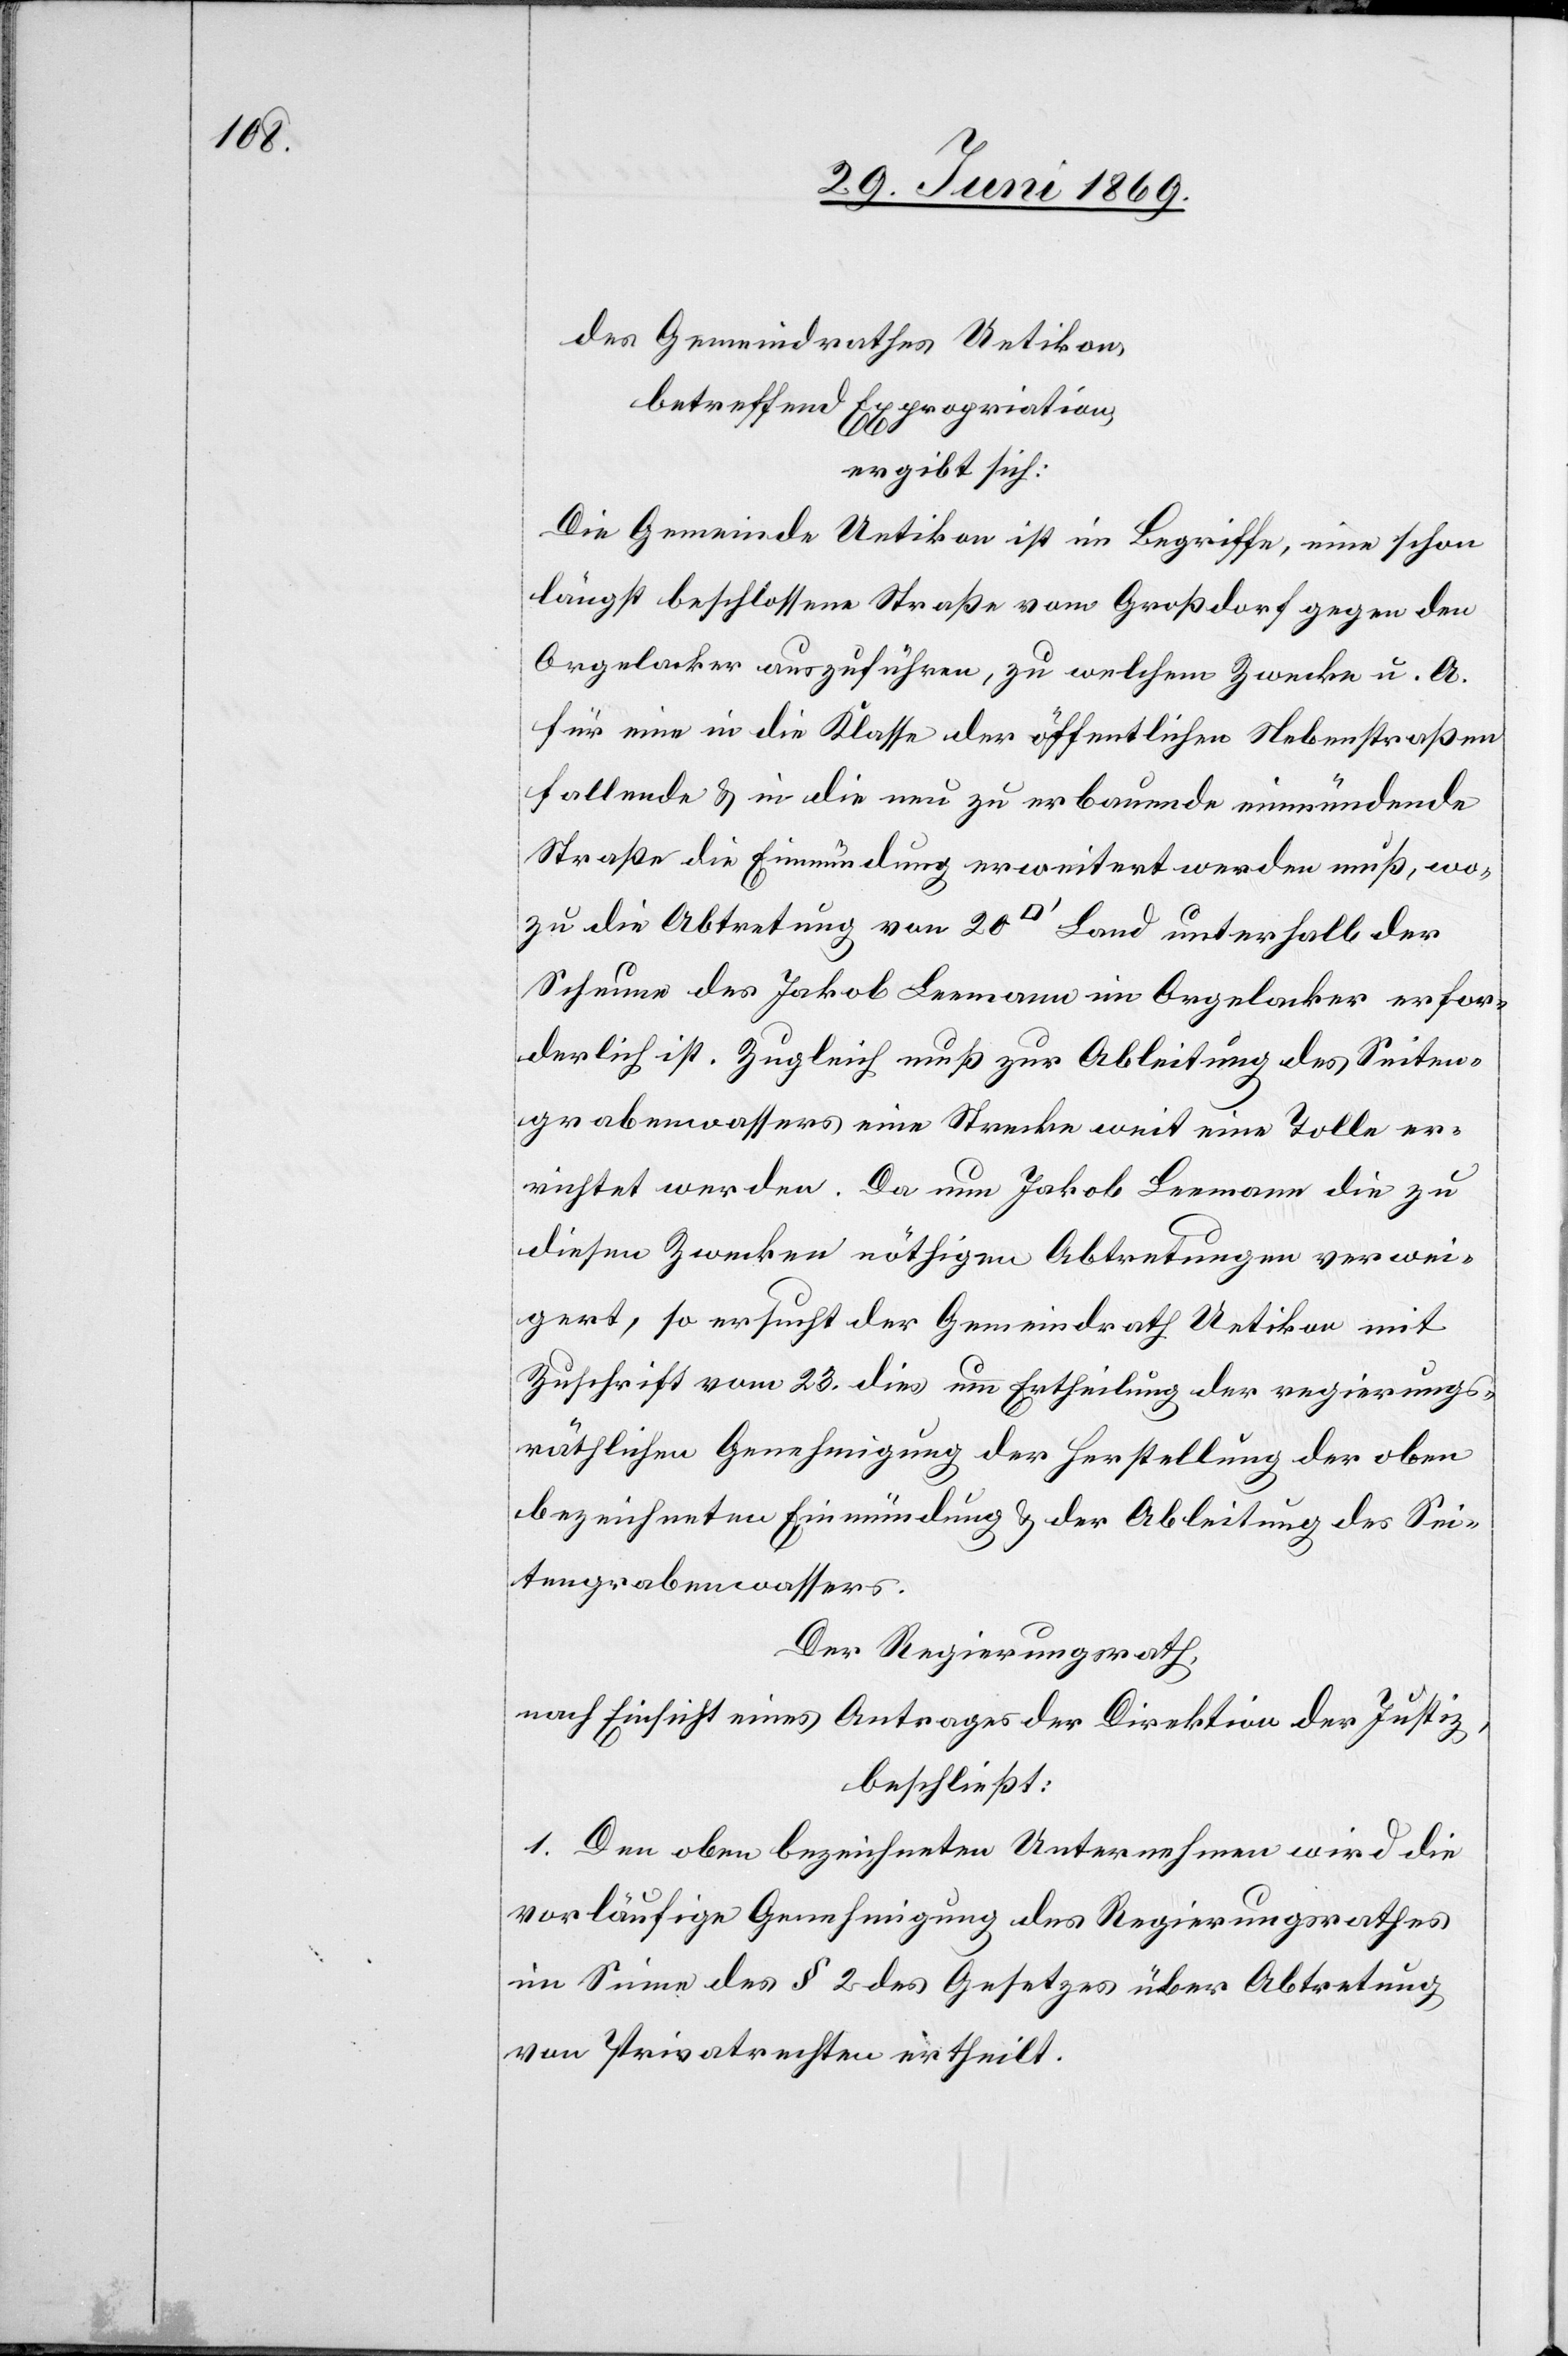
des Gemeindrathes Uetikon,
betreffend Expropriation,
ergibt sich:
Die Gemeinde Uetikon ist im Begriffe, eine schon
längst beschlossene Straße von Großdorf gegen den
Orgelacker auszuführen, zu welchem Zwecke u. A.
für eine in die Klasse der öffentlichen Nebenstraßen
fallende u. in die neu zu erbauende einmündende
Straße die Einmündung erweitert werden muß, wo¬
zu die Abtretung von 20 [Quadratfuß] Land unterhalb der
Scheune des Jakob Leemann im Orgelacker erfor¬
derlich ist. Zugleich muß zur Ableitung des Seiten¬
grabenwassers eine Strecke weit eine Tolle er¬
richtet werden. Da nun Jakob Leemann die zu
diesen Zwecken nöthigen Abtretungen verwei¬
gert, so ersucht der Gemeindrath Uetikon mit
Zuschrift vom 23 dies um Ertheilung der regierungs¬
räthlichen Genehmigung der Herstellung der oben
bezeichneten Einmündung u. der Ableitung des Sei¬
tengrabenwassers.
Der Regierungsrath,
nach Einsicht eines Antrages der Direktion der Justiz,
beschließt:
1. Den oben bezeichneten Unternehmen wird die
vorläufige Genehmigung des Regierungsrathes
im Sinne des § 2 des Gesetzes über Abtretung
von Privatrechten ertheilt.